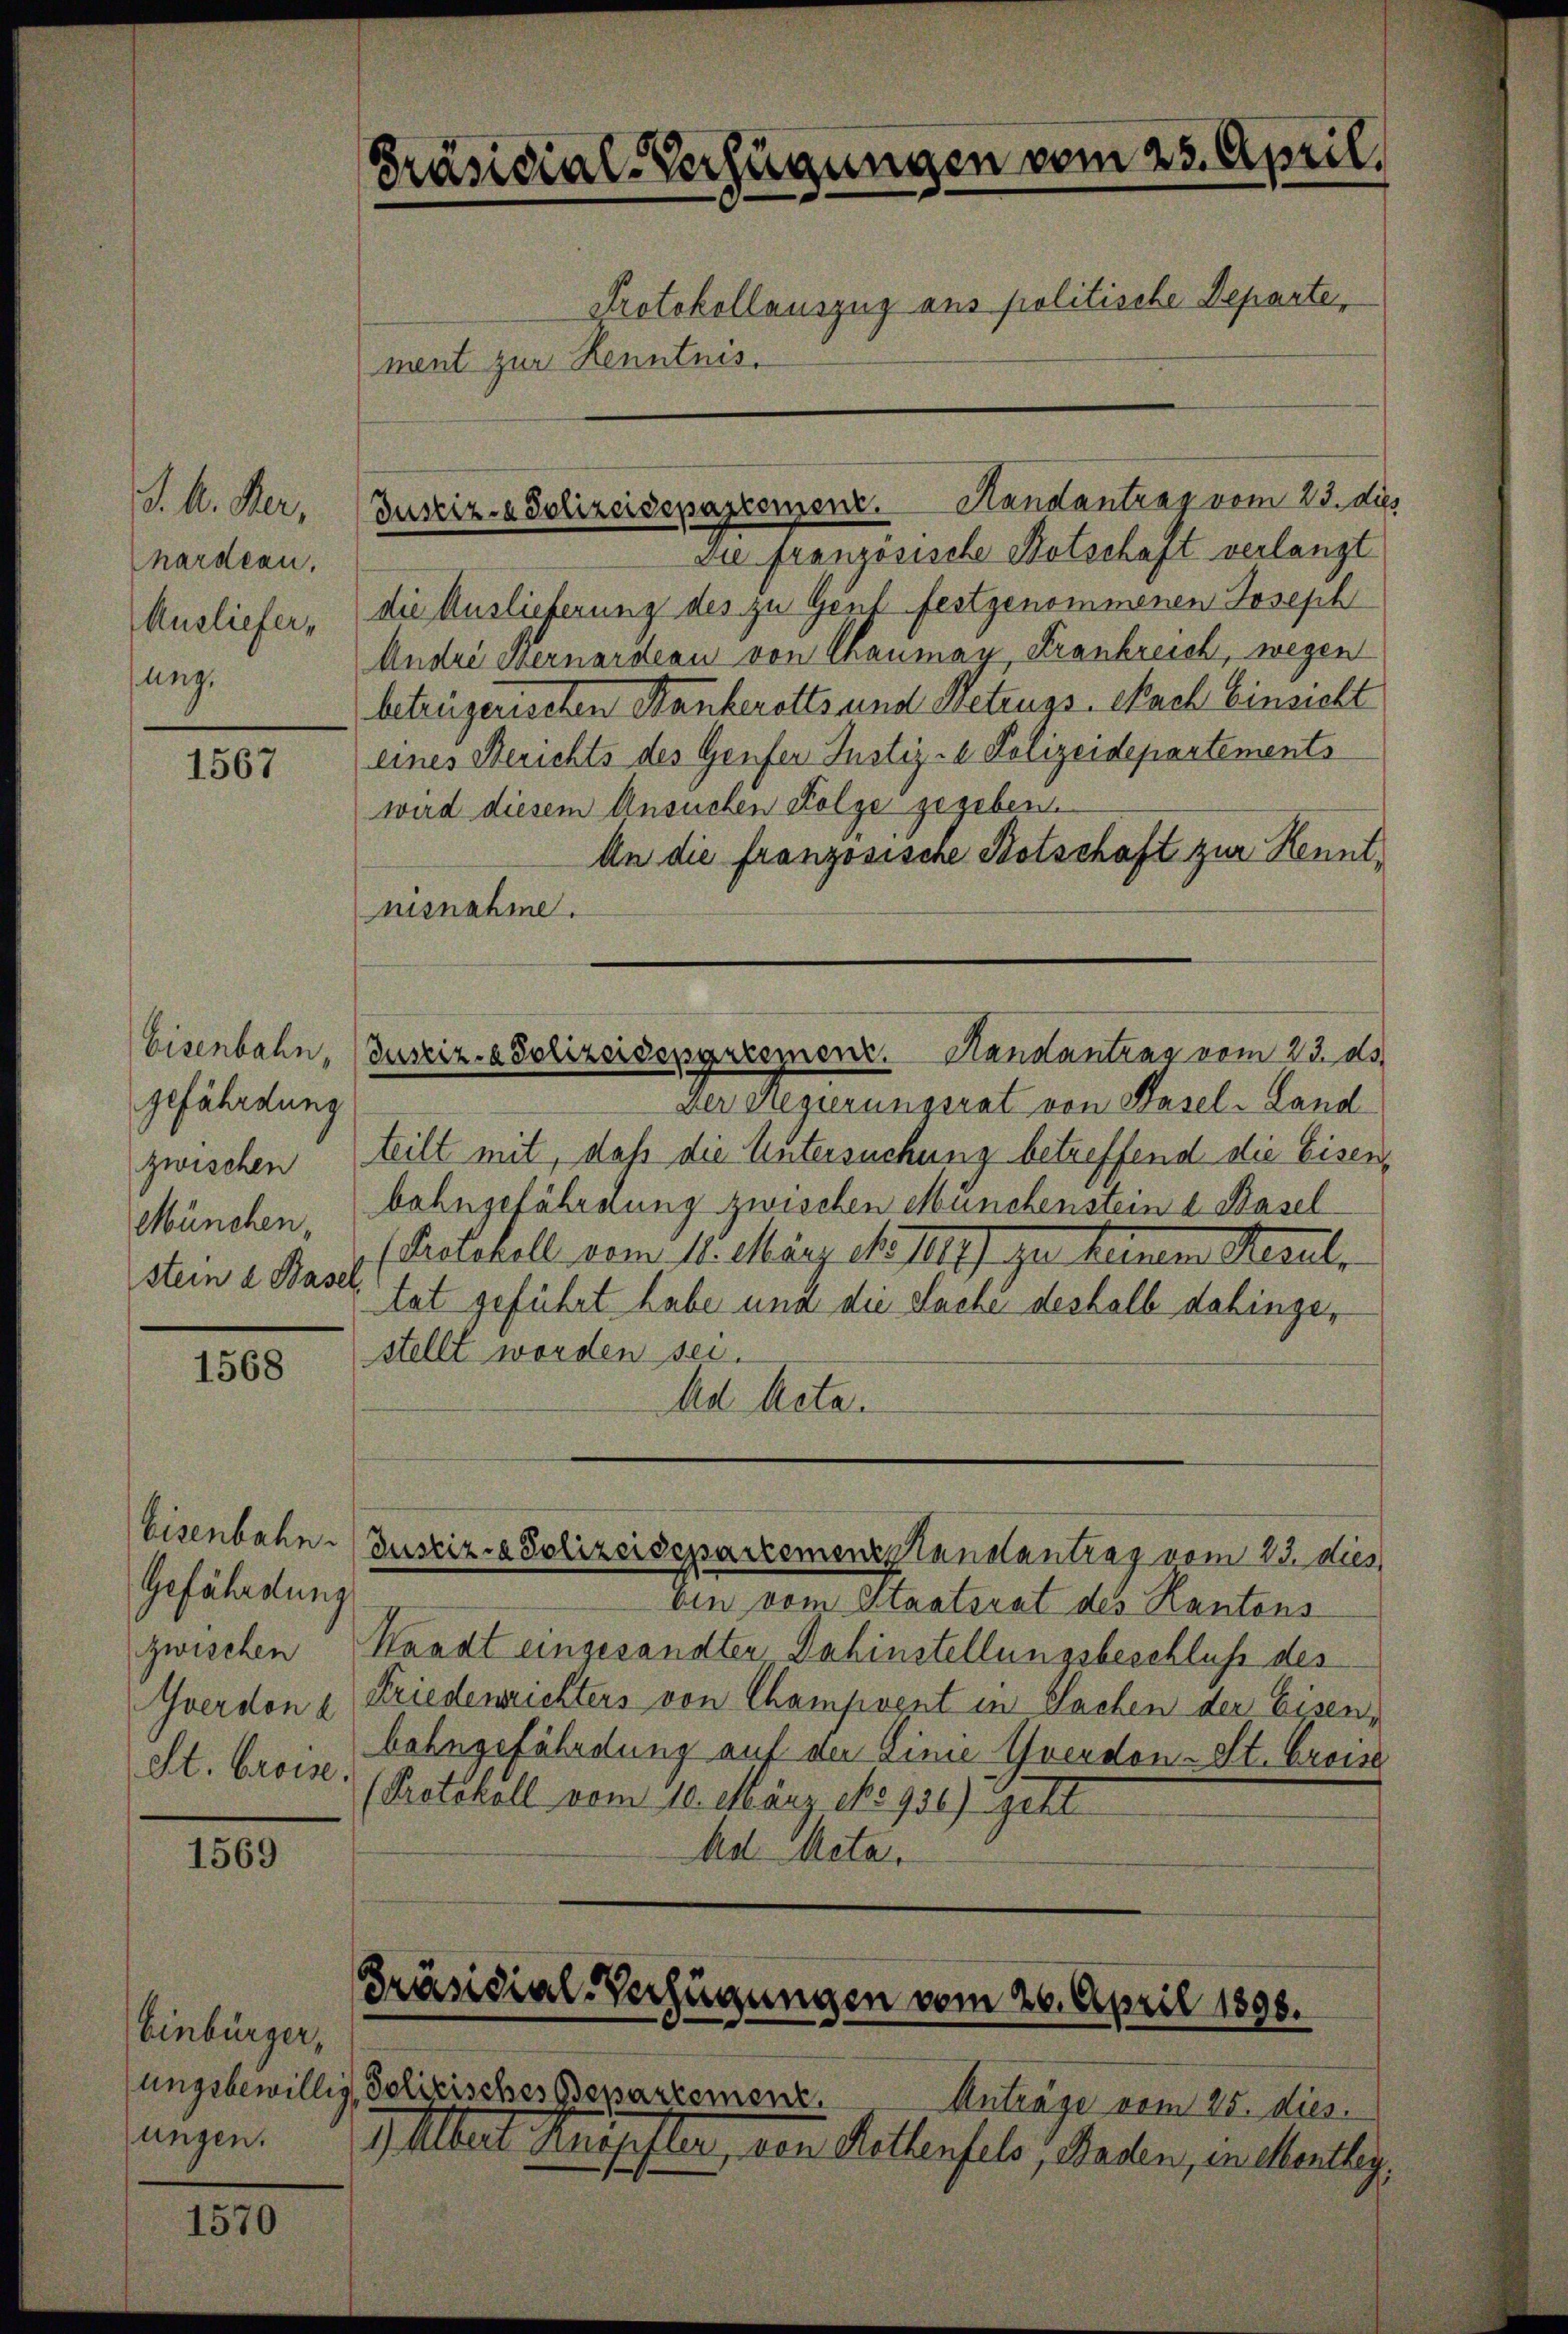
J. A. Her
hardeau.
Ausliefer,
sung.

1567

Eisenbahn,
gefährdung
zwischen
München,
stein a. Baser

1568

Eisenbahn.
Gefährdung
zwischen
St. Croise.

1569

Einbürger,

1570

Präsidial-Verfügungen vom 25. April,
Protokollauszug aus politische Departe
ment zur Kenntnis.

Justiz- & Polizeidepartement. Handantrag vom 23. dies

Die französische Botschaft verlangt
die Auslieferung des zu Genf festgenommenen Joseph
Andre Bernardeau von Chaumay, Krankreich, wegen
betrügerischen Stankerotts und Betrugs-Nach Einsicht
eines Berichts des Genfer Justiz - Polizeidepartements
wird diesem Ansuchen Folge gegeben.
An die französische Botschaft zur Kenntnisnahme.
Justiz- & Polizeidengreement. Handantrag vom 23. ds.
Der Regierungsrat von Hasel-Land
teilt mit, daß die Untersuchung betreffend die Eisenbahngefährdung zwischen Münchenstein u. Basel
(Kochell vom 11. März d. 141) zu keinen Steaut,
tat geführt habe und die Sache deshalb dahingestellt worden sei.
Ad Acta.

Justiz- & Polizeidepartementstanstantrag vom 23. dies

Ein vom Staatsrat des Kantons
Waadt eingesandten Dahinstellungsbeschluß des
Yverdon u Friedensrichters von Champvent in Sachen der Eisen,
bohngefährdung auf der Linie verdon-St. Grosse
Protokoll vom 10. März po 936.) Geht
Ad Metal.

Präsidial-Verfügungen vom 26. April 1890.

ungsbewillig, Polizisches Besartement.
Anträge vom 25. dies
ungen. Albert Kaufster, von Kellenfels, Baden, endentlich

f